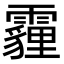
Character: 霾